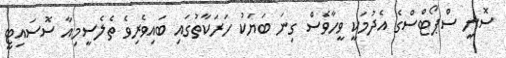
ސޮނީ ސްޕޯޓްސްގެ އެދުމަކީ ވީހާވެސް ގިނަ ބަޔަކު ހަރަކާތުގައި ބައިވެރިވެ ތެލެސީމިއާ ސޮސައިޓީ